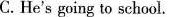
C.He's going to school.